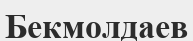
Бекмолдаев